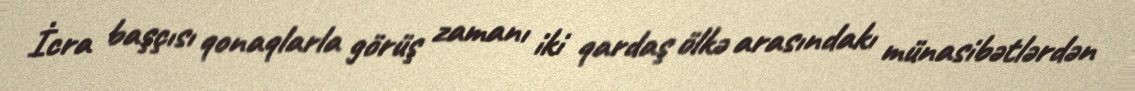
İcra başçısı qonaqlarla görüş zamanı iki qardaş ölkə arasındakı münasibətlərdən